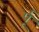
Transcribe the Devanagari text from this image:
र्पू